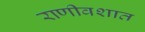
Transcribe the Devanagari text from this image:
राणीवशात